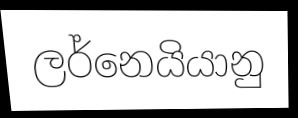
ලර්නෙයියානු